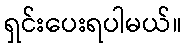
ရှင်းပေးရပါမယ်။